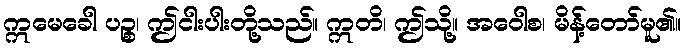
ဣမေခေါ ပဉ္စ၊ ဤငါးပါးတို့သည်။ ဣတိ၊ ဤသို့။ အဝေါစ၊ မိန့်တော်မူ၏။